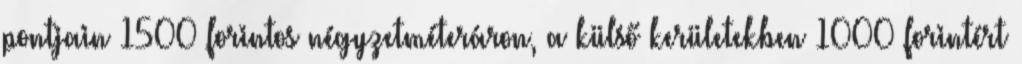
pontjain 1500 forintos négyzetméteráron, a külső kerületekben 1000 forintért